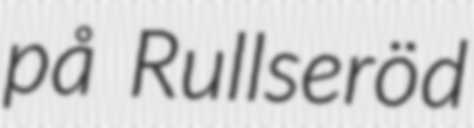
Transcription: på Rullseröd